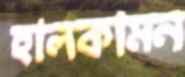
হালকামন